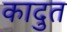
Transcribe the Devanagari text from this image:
कादुत